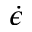
\dot { \epsilon }